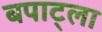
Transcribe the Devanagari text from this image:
बपाट्ला